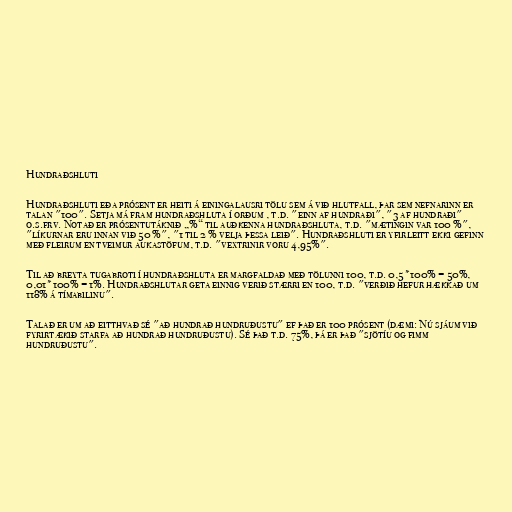
Hundraðshluti

Hundraðshluti eða prósent er heiti á einingalausri tölu sem á við hlutfall, þar sem nefnarinn er
talan "100". Setja má fram hundraðshluta í orðum , t.d. "einn af hundraði", "3 af hundraði"
o.s.frv. Notað er prósentutáknið „%“ til auðkenna hundraðshluta, t.d. "mætingin var 100 %",
"líkurnar eru innan við 50 %", "1 til 2 % velja þessa leið". Hundraðshluti er yfirleitt ekki gefinn
með fleirum en tveimur aukastöfum, t.d. "vextrinir voru 4,95%".

Til að breyta tugabroti í hundraðshluta er margfaldað með tölunni 100, t.d. 0,5*100% = 50%,
0,01*100% = 1%. Hundraðshlutar geta einnig verið stærri en 100, t.d. "verðið hefur hækkað um
118% á tímabilinu".

Talað er um að eitthvað sé "að hundrað hundruðustu" ef það er 100 prósent (dæmi: Nú sjáum við
fyrirtækið starfa að hundrað hundruðustu). Sé það t.d. 75%, þá er það "sjötíu og fimm
hundruðustu".